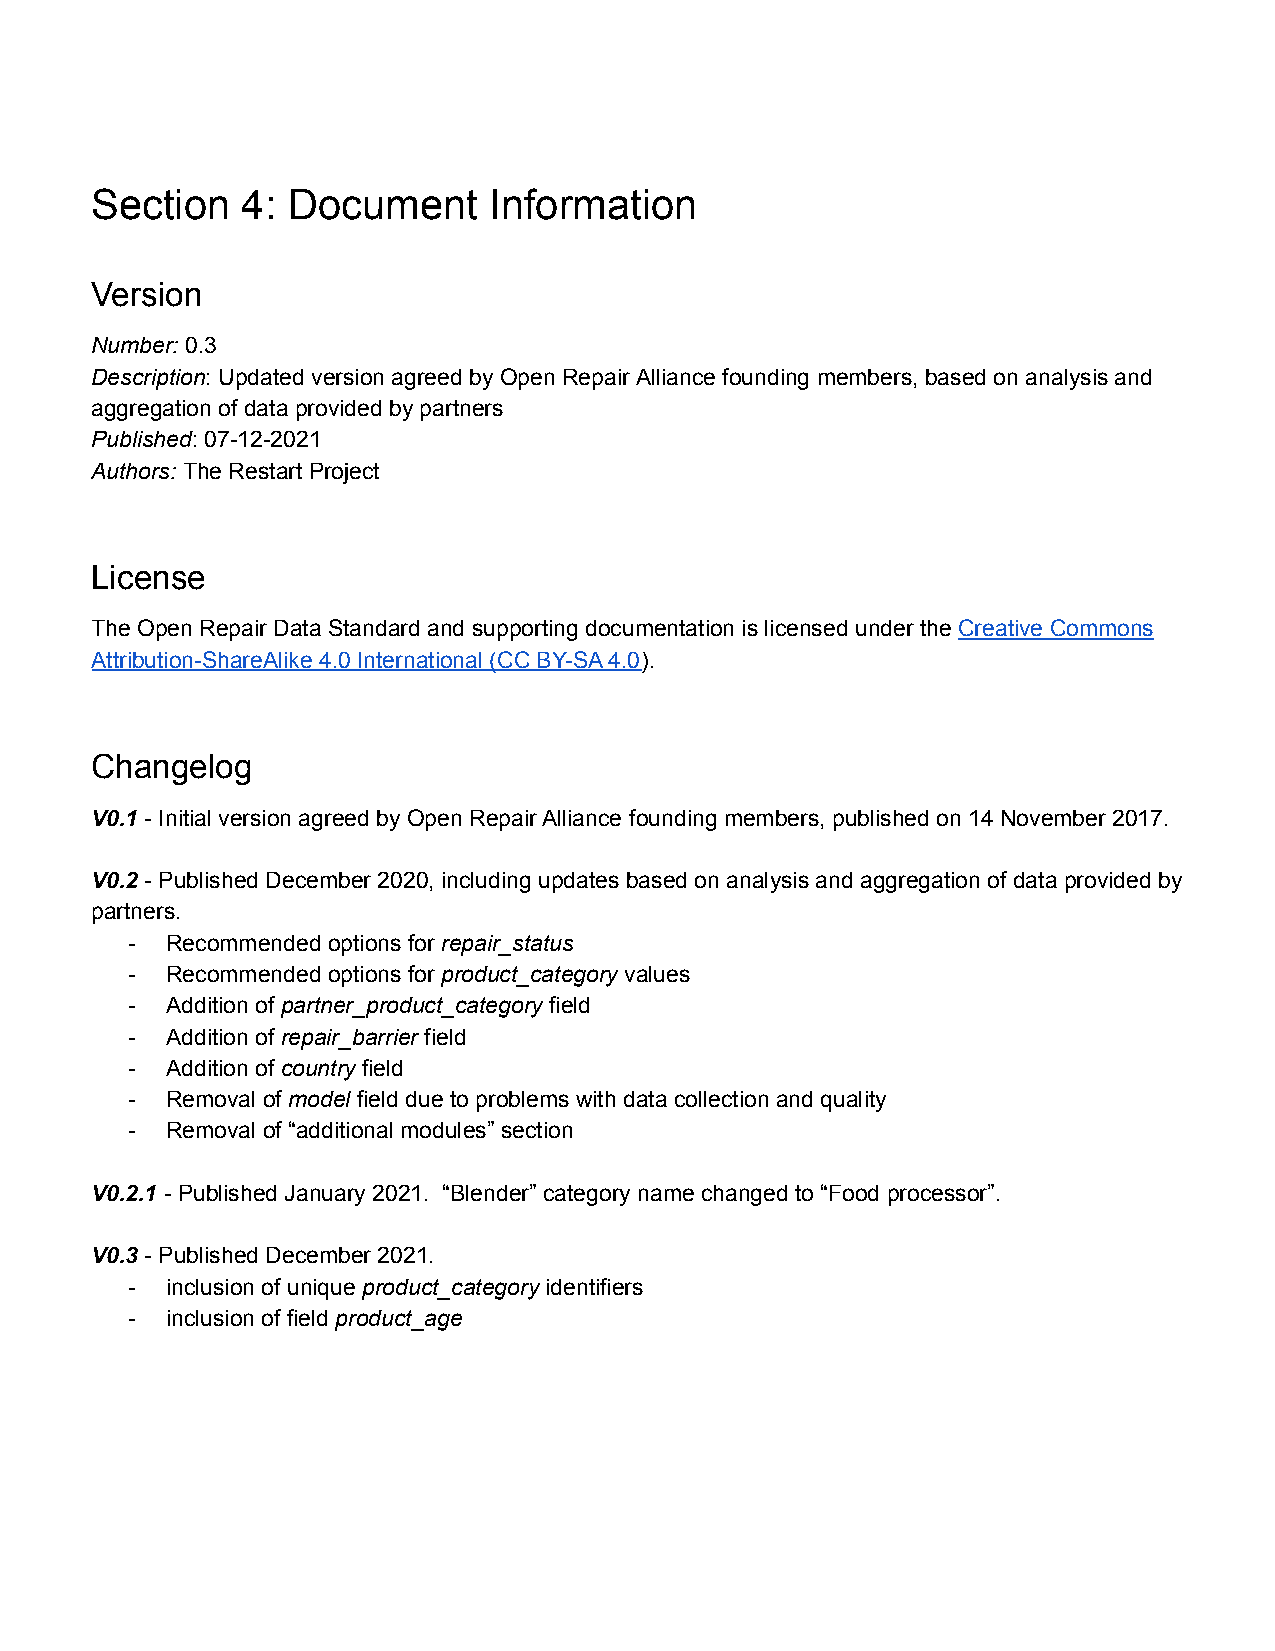
Section   4: Document     Information
 Version
 Number: 0.3
 Description: Updated version agreed by Open Repair Alliance founding members, based on analysis and
 aggregation of data provided by partners
 Published: 07-12-2021
 Authors: The Restart Project
 License
 The Open Repair Data Standard and supporting documentation is licensed under the Creative Commons
 Attribution-ShareAlike 4.0 International (CC BY-SA 4.0).
 Changelog
 V0.1 - Initial version agreed by Open Repair Alliance founding members, published on 14 November 2017.
 V0.2 - Published December 2020, including updates based on analysis and aggregation of data provided by
 partners.
 - Recommended options for repair_status
 - Recommended options for product_category values
 - Addition of partner_product_category field
 - Addition of repair_barrier field
 - Addition of country field
 - Removal of model field due to problems with data collection and quality
 - Removal of “additional modules” section
 V0.2.1 - Published January 2021. “Blender” category name changed to “Food processor”.
 V0.3 - Published December 2021.
 - inclusion of unique product_category identifiers
 - inclusion of field product_age